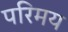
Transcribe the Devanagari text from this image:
परिमय